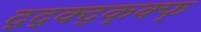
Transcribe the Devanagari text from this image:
द्द्क्द्क्क्फ्